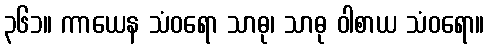
၃၆၁။ ကာယေန သံဝရော သာဓု၊ သာဓု ဝါစာယ သံဝရော။